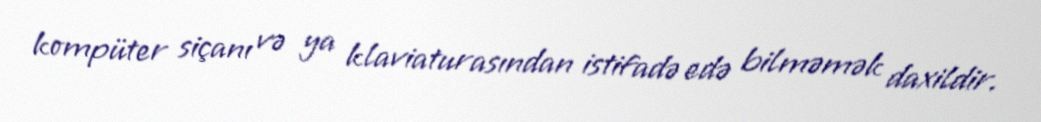
kompüter siçanı və ya klaviaturasından istifadə edə bilməmək daxildir.